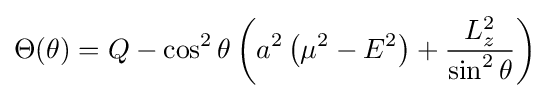
\Theta (\theta )=Q-\cos ^{2}\theta \left(a^{2}\left(\mu ^{2}-E^{2}\right)+{\frac {L_{z}^{2}}{\sin ^{2}\theta }}\right)